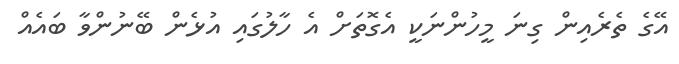
އޭގެ ތެރެއިން ގިނަ މީހުންނަކީ އެގޮތަށް އެ ހާލުގައި އުޅެން ބޭނުންވާ ބައެއް